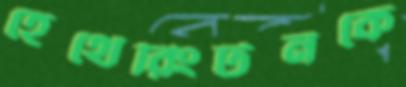
হেথেরিংটনকে